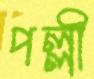
পল্লী